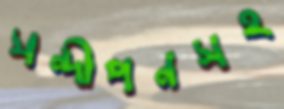
সন্দীপনসহ